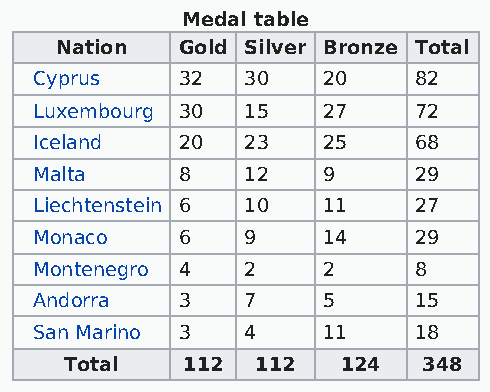
Medal table
 Nation  Gold Silver Bronze Total
 Cyprus    32  30   20    82
 Luxembourg 30 15   27    72
 Iceland   20  23   25    68
 Malta     8   12   9     29
 Liechtenstein 6 10 11    27
 Monaco    6   9    14    29
 Montenegro 4  2    2     8
 Andorra   3   7    5     15
 San Marino 3  4    11    18
 Total   112  112   124  348